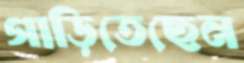
গাড়িতেছেন